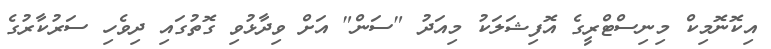
އިކޮނޮމިކް މިނިސްޓްރީގެ އޮފިޝަލަކު މިއަދު "ސަން" އަށް ވިދާޅުވި ގޮތުގައި ދިވެހި ސަރުކާރުގެ